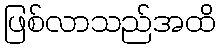
ဖြစ်လာသည်အထိ